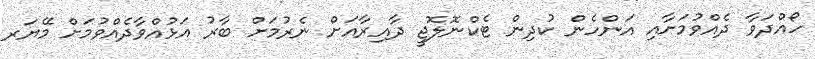
ހޯއްދަވާ ދެއްވުމަށާއި އަންހެން ކުދިން ޓެކްނޮލޮޖީ ދާއިރާއަށް ނެރުމަށް ބާރު އަޅުއްވާދެއްވުމަށް މޭޔަރ